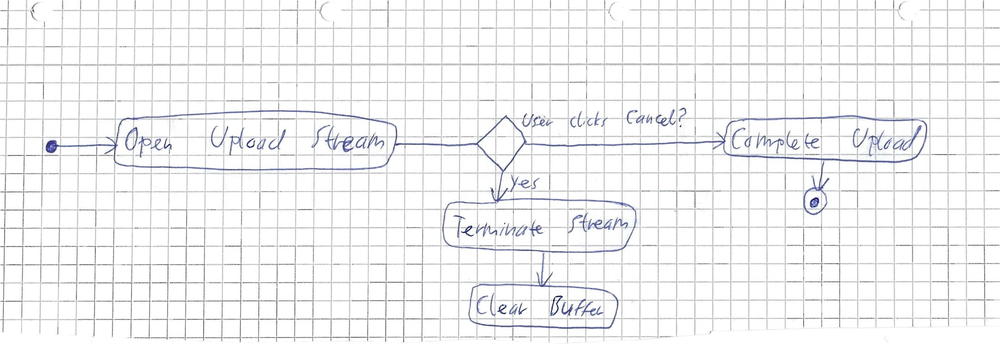
Diagram type: activity_diagram
```plantuml
@startuml

start
:Open Upload Stream;
if (User clicks Cancel?) then (yes)
  :Terminate Stream;
  :Clear Buffer;
  detach
endif
:Complete Upload;
stop

@enduml
```